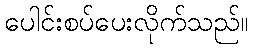
ပေါင်းစပ်ပေးလိုက်သည်။